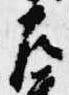
左